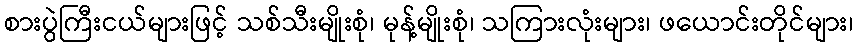
စားပွဲကြီးငယ်များဖြင့် သစ်သီးမျိုးစုံ၊ မုန့်မျိုးစုံ၊ သကြားလုံးများ၊ ဖယောင်းတိုင်များ၊